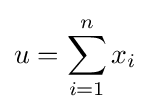
u=\sum _{i=1}^{n}x_{i}